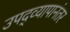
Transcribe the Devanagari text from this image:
उपद्व्यापानंतर